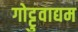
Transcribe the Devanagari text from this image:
गोट्टुवाद्यम